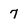
Character: 7